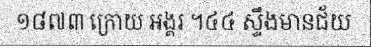
១៨៧៣ ក្រោយ អង្គរ ។៤៤ ស្ទឹងមានជ័យ